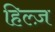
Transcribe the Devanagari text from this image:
हिल्ज़